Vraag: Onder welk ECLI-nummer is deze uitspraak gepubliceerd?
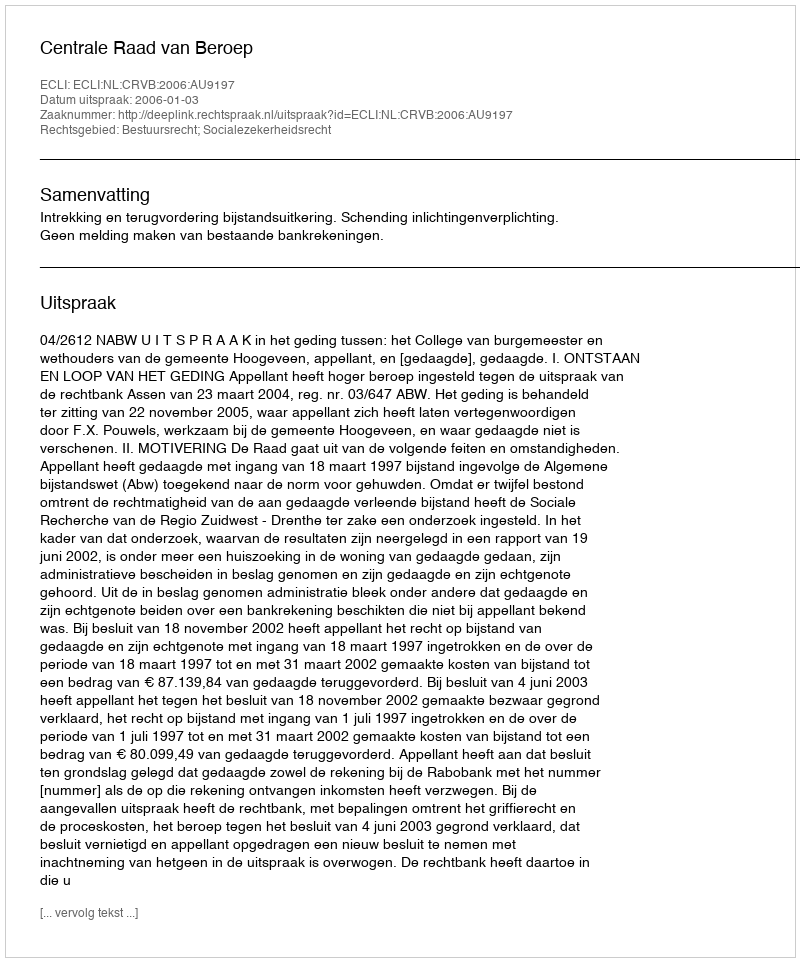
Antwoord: ECLI:NL:CRVB:2006:AU9197